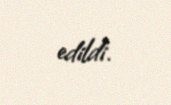
edildi.